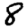
Digit: 8